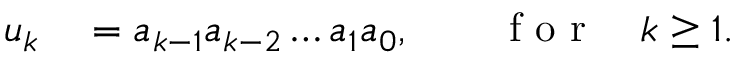
\begin{array} { r l } { u _ { k } } & { { } = a _ { k - 1 } a _ { k - 2 } \dots a _ { 1 } a _ { 0 } , \qquad \mathrm { ~ f ~ o ~ r ~ } \quad k \ge 1 . } \end{array}